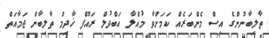
ތާލިބާނުންގެ އިސް މެންބަރެއް ކަމަށްވާ މުއްލާ އަބްދުލް ރައޫފް ޚާދިމް ތާލިބާން ޖަމާއަތް